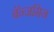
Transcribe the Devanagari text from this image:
बॅन्जमिन